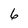
Character: 6